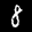
Label: 8